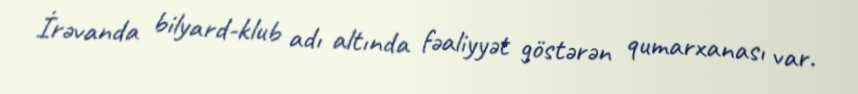
İrəvanda bilyard-klub adı altında fəaliyyət göstərən qumarxanası var.